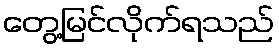
တွေ့မြင်လိုက်ရသည်